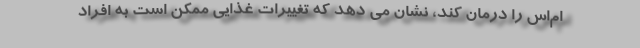
ام‌اس را درمان کند، نشان می دهد که تغییرات غذایی ممکن است به افراد